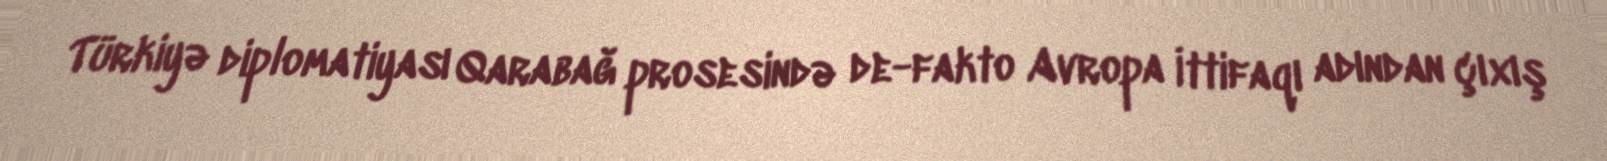
Türkiyə diplomatiyası Qarabağ prosesində de-fakto Avropa İttifaqı adından çıxış